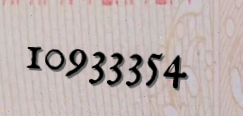
10933354